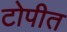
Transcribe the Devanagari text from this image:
टोपीत